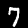
Label: 7